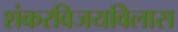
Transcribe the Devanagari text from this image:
शंकरविजयविलास